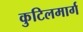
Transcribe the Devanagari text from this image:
कुटिलमार्ग